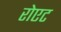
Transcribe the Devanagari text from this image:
रोएट